Insane asylums in Bengal annual reports 1867-1875 - 1867-1875
Year: 1867
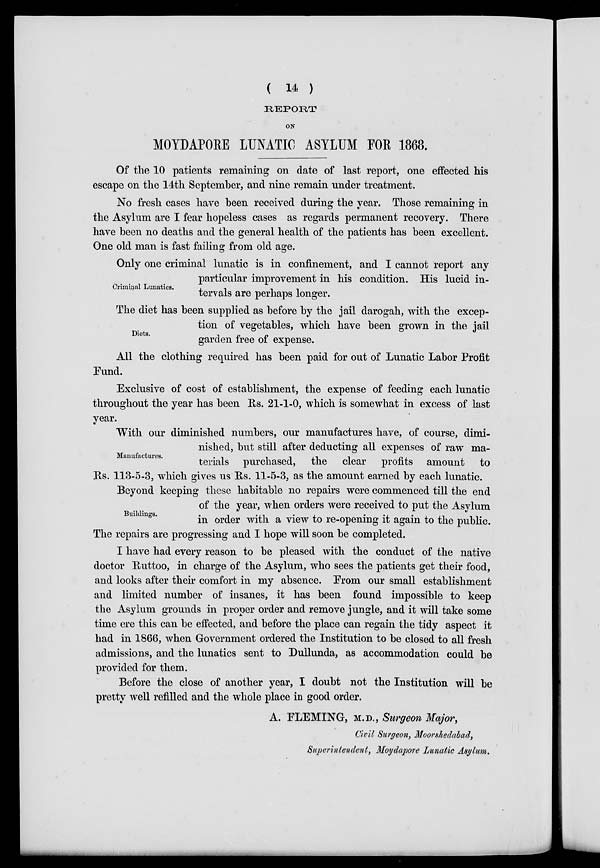
( 14 )
REPORT
ON
MOYDAPORE LUNATIC ASYLUM FOR 1868.
Of the 10 patients remaining on date of last report, one effected his
escape on the 14th September, and nine remain under treatment.
No fresh cases have been received during the year. Those remaining in
the Asylum are I fear hopeless cases as regards permanent recovery. There
have been no deaths and the general health of the patients has been excellent.
One old man is fast failing from old age.
Criminal Lunatics.
Only one criminal lunatic is in confinement, and I cannot report any
particular improvement in his condition. His lucid in-
tervals are perhaps longer.
Diets.
The diet has been supplied as before by the jail darogah, with the excep-
tion of vegetables, which have been grown in the jail
garden free of expense.
All the clothing required has been paid for out of Lunatic Labor Profit
Fund.
Exclusive of cost of establishment, the expense of feeding each lunatic
throughout the year has been Rs. 21-1-0, which is somewhat in excess of last
year.
Manufactures.
With our diminished numbers, our manufactures have, of course, dimi-
nished, but still after deducting all expenses of raw ma-
terials purchased, the clear profits amount
to
Rs. 113-5-3, which gives us Rs. 11-5-3, as the amount earned by each lunatic.
Buildings.
Beyond keeping these habitable no repairs were commenced till the end
of the year, when orders were received to put the Asylum
in order with a view to re-opening it again to the public.
The repairs are progressing and I hope will soon be completed.
I have had every reason to be pleased with the conduct of the native
doctor Ruttoo, in charge of the Asylum, who sees the patients get their food,
and looks after their comfort in my absence. From our small establishment
and limited number of insanes, it has been found impossible to keep
the Asylum grounds in proper order and remove jungle, and it will take some
time ere this can be effected, and before the place can regain the tidy aspect it
had in 1866, when Government ordered the Institution to be closed to all fresh
admissions, and the lunatics sent to Dullunda, as accommodation could be
provided for them.
Before the close of another year, I doubt not the Institution will be
pretty well refilled and the whole place in good order.
A. FLEMING, M.D., Surgeon Major,
Civil Surgeon, Moorshedabad,
Superintendent, Moydapore Lunatic Asylum.